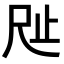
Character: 𣥉